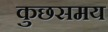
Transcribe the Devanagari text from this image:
कुछसमय